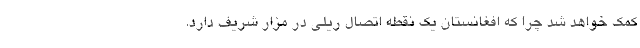
کمک خواهد شد چرا که افغانستان یک نقطه اتصال ریلی در مزار شریف دارد.